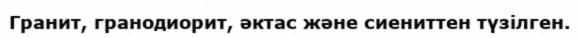
Гранит, гранодиорит, әктас және сиениттен түзілген.